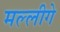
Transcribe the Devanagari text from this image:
मल्लीगे